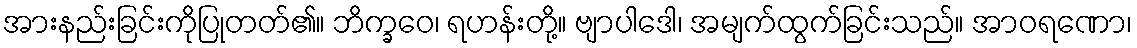
အားနည်းခြင်းကိုပြုတတ်၏။ ဘိက္ခဝေ၊ ရဟန်းတို့။ ဗျာပါဒေါ၊ အမျက်ထွက်ခြင်းသည်။ အာဝရဏော၊